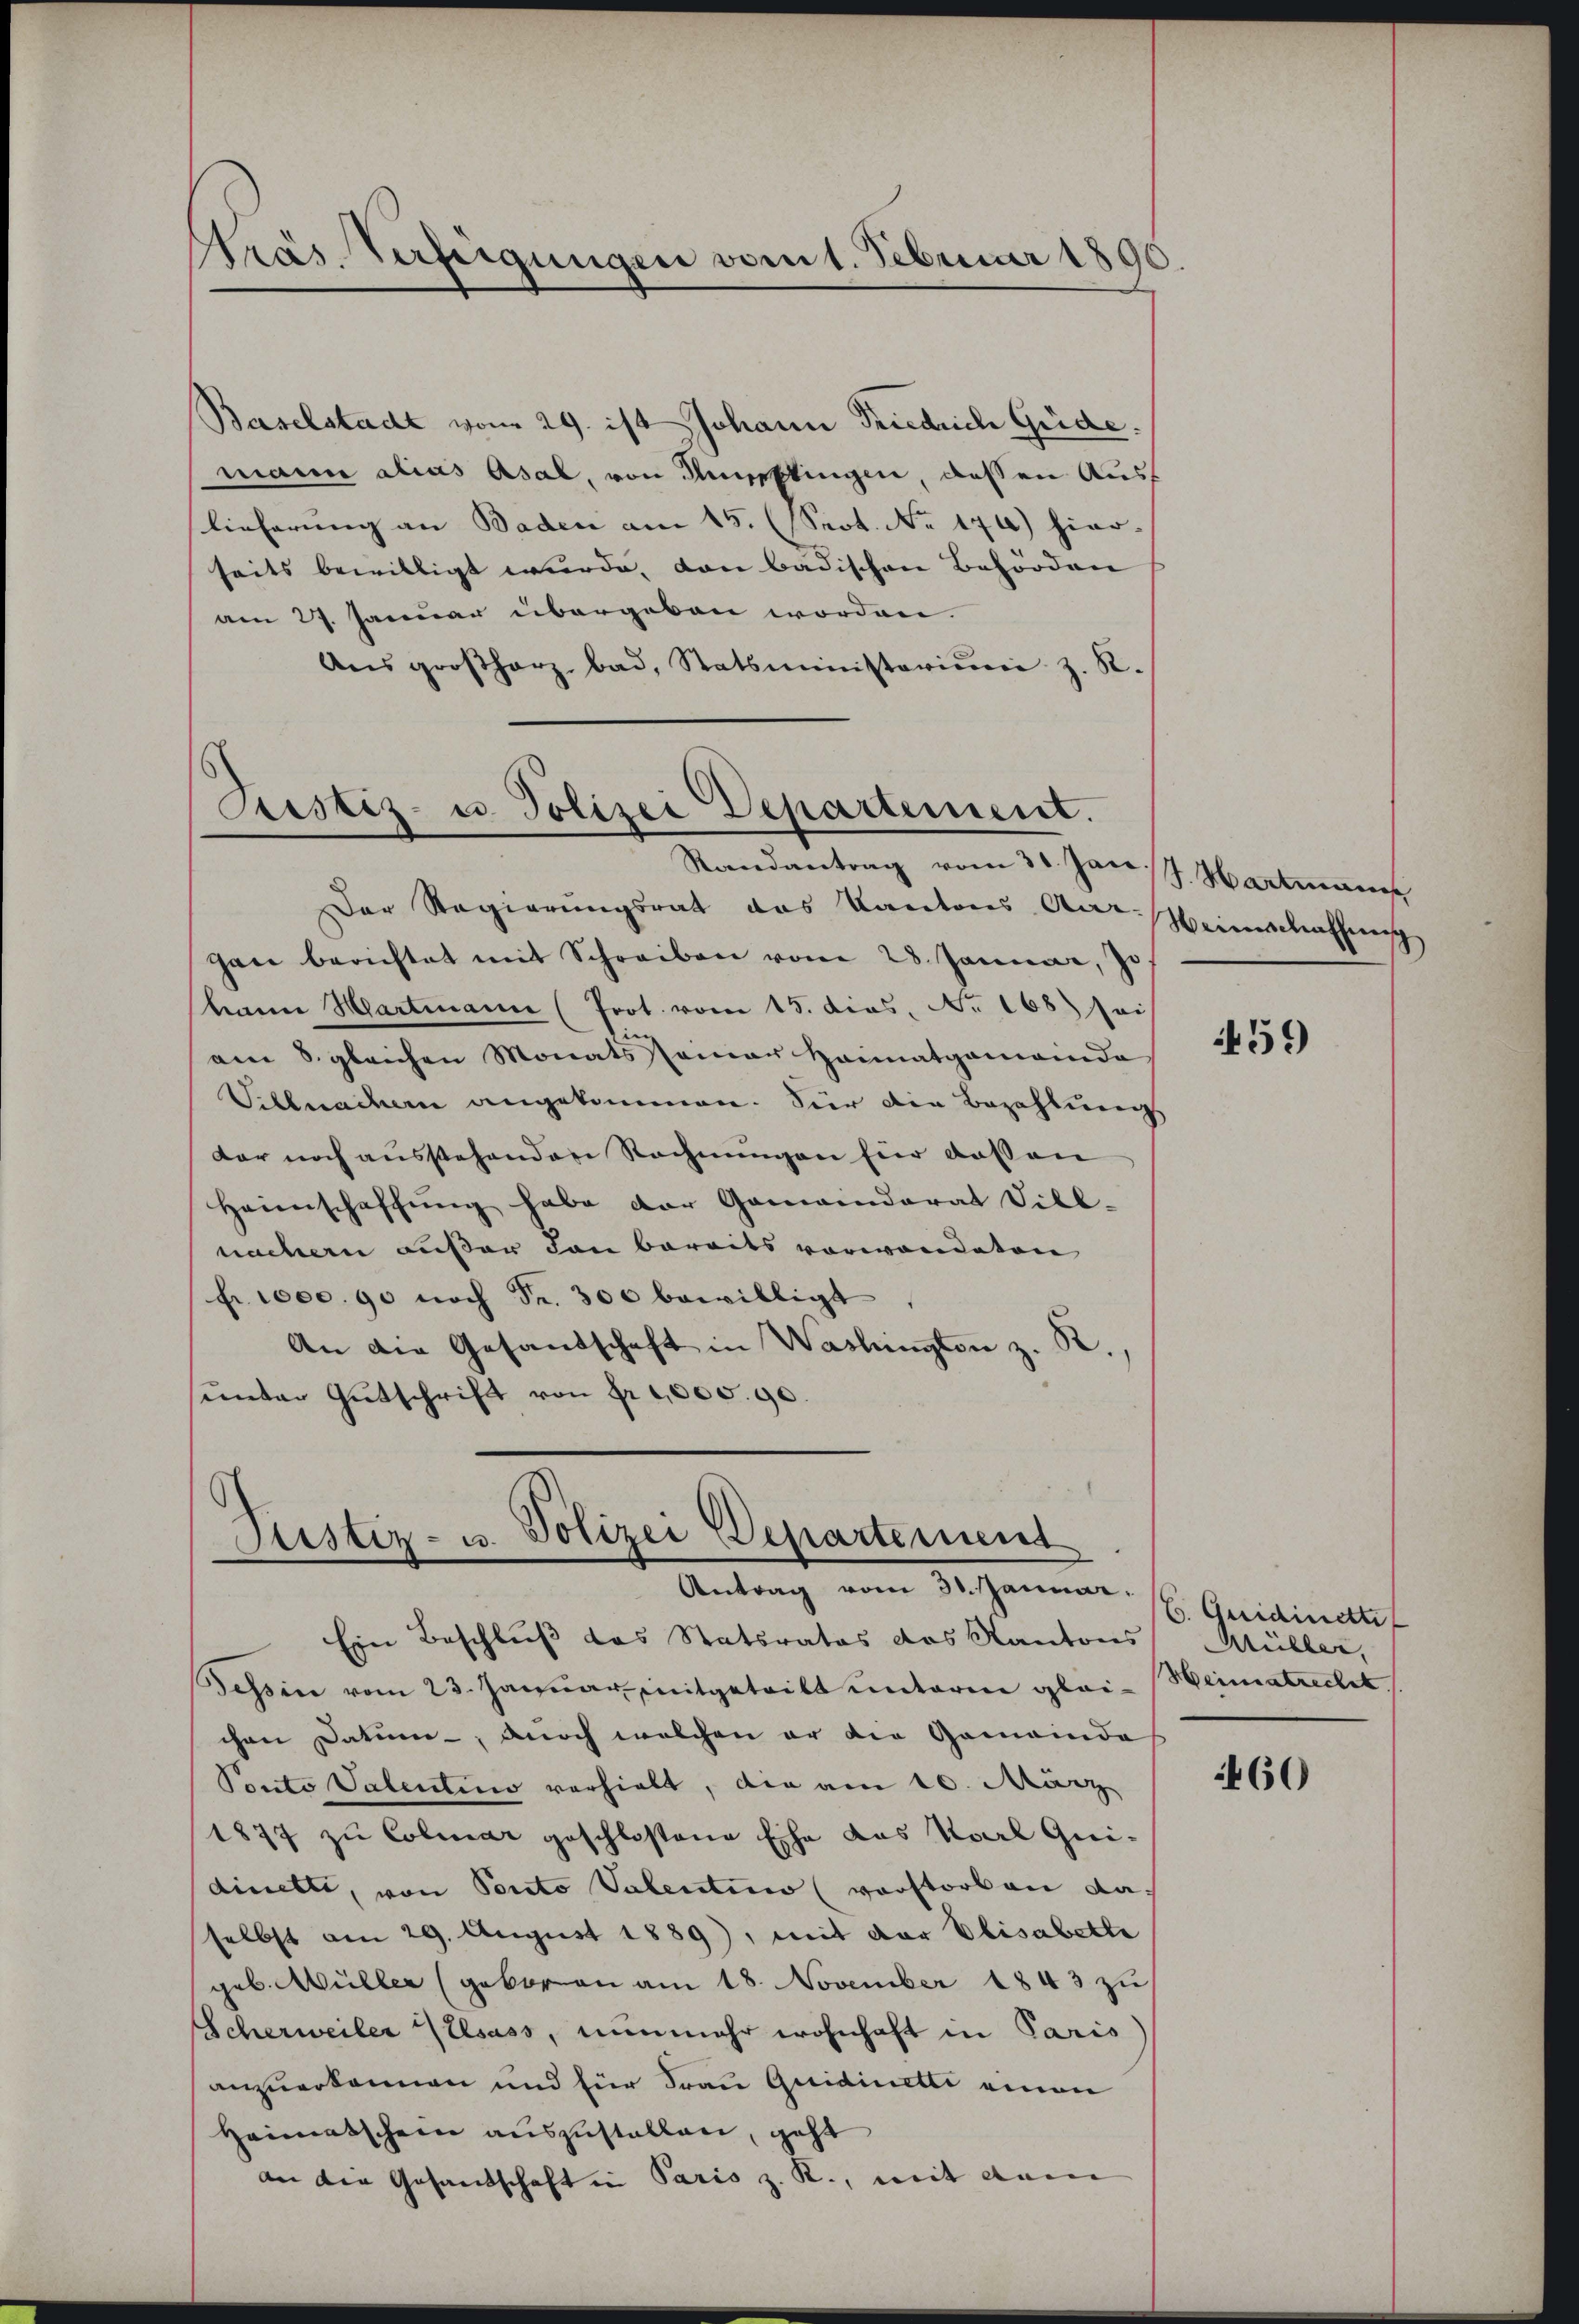
Pras Verfügungen vom 1. Februar 1890

Baselstadt vom 29. ist Johann Friedrich Güde.
mann alias Asal, von Ammeltingen, dessen Auslieferung an Baden am 15. (Sept. No 170) hier-
seits bewilligt wurde, von badischen Behörden |
am 27. Januar übergeben worden.
Ans großherz bad. Statsministerium z. R.

Justiz- u. Polizei Departement.
Randantrag vom 31. Jan. J. Hartemen

Der Regierŭngsrat das Kantons An-Weinschaffŭng
gan berichtet mit Schreiben vom 28. Januar, Jo
hann Hartmann (Prot. vom 15. dies. No 168) sei
.
am 8. gleichen Monats samer Heimatgemeinda
Schlachern angekommen. Für die Bezahlung
der noch ausstehendere Rechnungen für dassen
Heimschaffŭng habe der Gemeinderat Dill-
nachern außer den bereits vorwandeten
Fr. 1000. 90 noch Fr. 300 bewilligt
An die Gesandschaft in Washingten z. R.
sunder Gütschrift von Fr. 1005. 90.

Justiz- u. Polizei Departement
Antrag vom 31. Januar.
Ein Beschluß das Statsrates das Kantons

Tessin vom 23. Januar mitgetritt unterm glei- Weimatrecht
chen Datum, noch welchen er die Gemeinde
Ponto Talentino vorhielt, die am 10. März
1877 zu Colmar geschlossene Ehe das Karl Gui-
dinette, von Ponto Valentin (vorstorben da-
selbst am 29. August 1889), mit der Elisabette
geb. Müller (geboren am 18. November 1843 zu
Scherweiler Welsass, nunmehr wohnhaft in Paris
anzuerkennen und für Frau Quidinetti einen
Heimatschein auszustellen, geht
an die Gesandschaft in Paris z. R., mit dem

459

6. Quidirette
Müller,

460